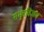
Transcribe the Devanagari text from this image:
संभूतविजय